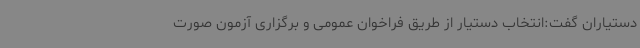
دستیاران گفت:انتخاب دستیار از طریق فراخوان عمومی و برگزاری آزمون صورت